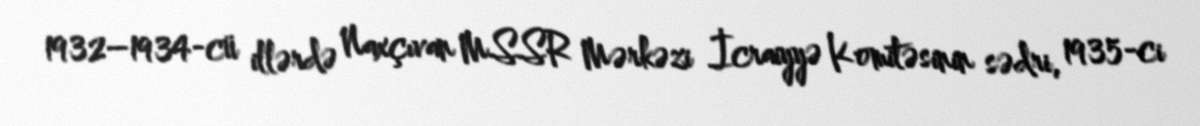
1932–1934-cü illərdə Naxçıvan MSSR Mərkəzi İcraiyyə Komitəsinin sədri, 1935-ci